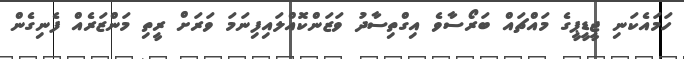
ހަމައެކަނި ޖީޑީޕީގެ މައްޗައް ބަރޯސާވެ އިގްތިސާދު ވަޒަންކޮއްލައިފިނަމަ ވަރަށް ރީތި މަންޒަރެއް ފެނިގެން